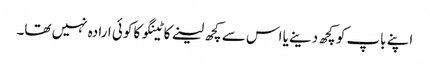
اپنے باپ کو کچھ دینے یا اس سے کچھ لینے کاٹینگو کا کوئی ارادہ نہیں تھا۔